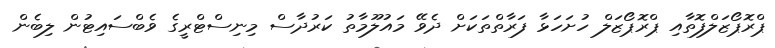
ޕްރޮޕޯޒަލްފޮތާއި ޕްރޮޕޯޒަލް ހުށަހަޅާ ފަރާތްތަކަށް ދެވޭ މައުލޫމާތު ކަރުދާސް މިނިސްޓްރީގެ ވެބްސައިޓުން ލިބެން